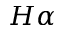
H \alpha